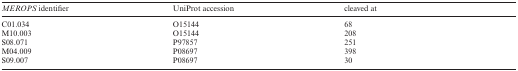
<table><thead><tr><td><b><i>MEROPS</i> identifier</b></td><td><b>UniProt accession</b></td><td><b>cleaved at</b></td></tr></thead><tbody><tr><td>C01.034</td><td>O15144</td><td>68</td></tr><tr><td>M10.003</td><td>O15144</td><td>208</td></tr><tr><td>S08.071</td><td>P97857</td><td>251</td></tr><tr><td>M04.009</td><td>P08697</td><td>398</td></tr><tr><td>S09.007</td><td>P08697</td><td>30</td></tr></tbody></table>